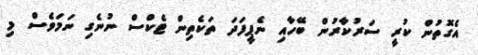
އެގޮތުން ކުރީ ސަރުކާރުން ބޭހާއި ނެޕީފަދަ ތަކެތިން ޓެކްސް ނުނެގި ނަމަވެސް މި